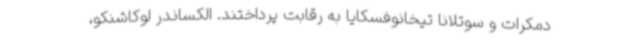
دمکرات و سوتلانا تیخانوفسکایا به رقابت پرداختند. الکساندر لوکاشنکو،